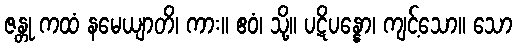
ဇန္တု ကထံ နမေယျာတိ၊ ကား။ ဧဝံ၊ သို့။ ပဋိပန္နော၊ ကျင့်သော။ သော